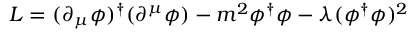
{ \cal L } = ( \partial _ { \mu } \phi ) ^ { \dag } ( \partial ^ { \mu } \phi ) - m ^ { 2 } \phi ^ { \dag } \phi - \lambda ( \phi ^ { \dag } \phi ) ^ { 2 }